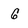
Character: G